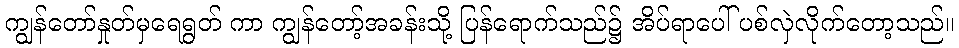
ကျွန်တော်နှုတ်မှရေရွတ် ကာ ကျွန်တော့်အခန်းသို့ ပြန်ရောက်သည်၌ အိပ်ရာပေါ် ပစ်လှဲလိုက်တော့သည်။